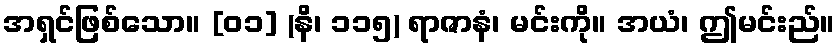
အရှင်ဖြစ်သော။ [၀၁] (နိ၊ ၁၁၅) ရာဇာနံ၊ မင်းကို။ အယံ၊ ဤမင်းည်။